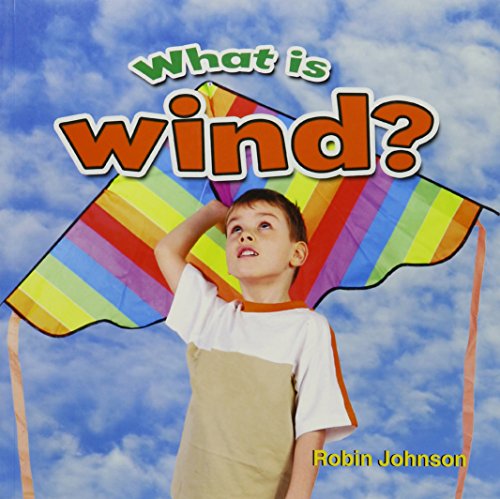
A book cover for What Is Wind? (Weather Close-Up); Robin Johnson; Children's Books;